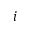
i